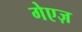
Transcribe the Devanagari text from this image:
गेएज़